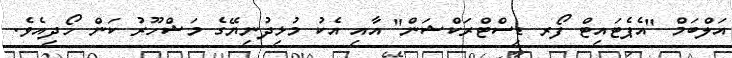
އަލްބަމް "އެޕެޓައިޓް ފޯރ ޑިސްޓްރަކްޝަން" އާއި އެކު މުޅިދުނިޔޭގެ މަޝްހޫރު ކަން ހޯދިއެވެ.